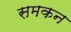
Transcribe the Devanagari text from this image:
समकन